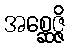
အစ္ဆေဇ္ဇိ